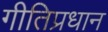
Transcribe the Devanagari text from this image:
गीतिप्रधान